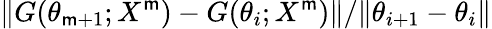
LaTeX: \| G(\theta_{\mathsf{m}+1};X^{\mathsf{m}})-G(\theta_{i};X^{\mathsf{m}})\| /\| \theta_{i+1}-\theta_{i}\|